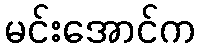
မင်းအောင်က